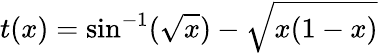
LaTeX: t(x)=\sin^{-1}({\sqrt{x}})-{\sqrt{x(1-x)}}